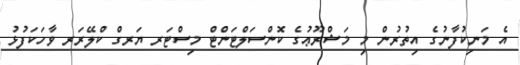
އެ މަނިކުފާނުގެ އިތުރުން މި މަޝްރޫޢުގެ ކޮންސަލްޓަންޓް މިސްޓަރ ޔަރގް ކްލޭރަރ ވާހަކަފުޅު